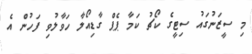
މި ސީޒަނުގައު ސިޓީގެ ކޯޗު ކަމާ ޕެޕް ގާޑިއޯލާ ހަވާލުވި ފަހުން އެ